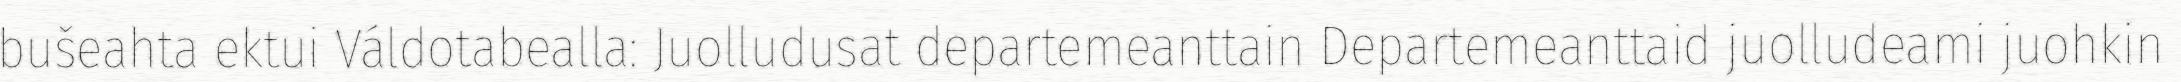
bušeahta ektui Váldotabealla: Juolludusat departemeanttain Departemeanttaid juolludeami juohkin